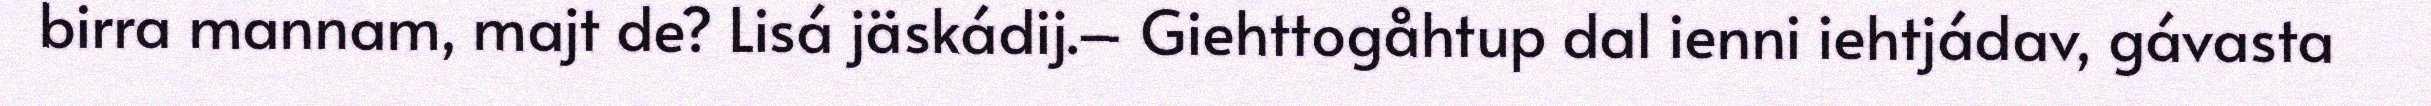
birra mannam, majt de? Lisá jäskádij.– Giehttogåhtup dal ienni iehtjádav, gávasta